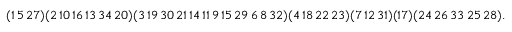
\begin{array} { r } { ( 1 \thinspace 5 \thinspace 2 7 ) ( 2 \thinspace 1 0 \thinspace 1 6 \thinspace 1 3 \thinspace 3 4 \thinspace 2 0 ) ( 3 \thinspace 1 9 \thinspace 3 0 \thinspace 2 1 \thinspace 1 4 \thinspace 1 1 \thinspace 9 \thinspace 1 5 \thinspace 2 9 \thinspace 6 \thinspace 8 \thinspace 3 2 ) ( 4 \thinspace 1 8 \thinspace 2 2 \thinspace 2 3 ) ( 7 \thinspace 1 2 \thinspace 3 1 ) ( 1 7 ) ( 2 4 \thinspace 2 6 \thinspace 3 3 \thinspace 2 5 \thinspace 2 8 ) . } \end{array}